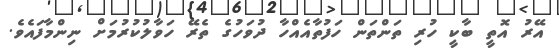
އޭރު އޮތީ ބާކީ ހުރި ތަންތަން ހަފުތާއެއްހާ ދުވަހުގެ ތެރޭ ހަވާލުކުރުމަށް ނިންމާފައެވެ.